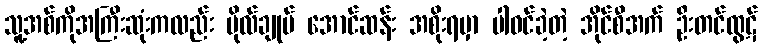
သူ့အစ်ကိုအကြီးဆုံးကလည်း ဗိုလ်ချုပ် အောင်ဆန်း အစိုးရမှာ ပါဝင်ခဲ့တဲ့ အိုင်စီအက် ဦးတင်ထွဋ်